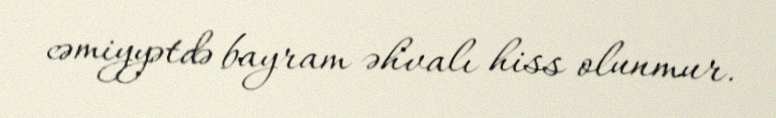
cəmiyyətdə bayram əhvalı hiss olunmur.